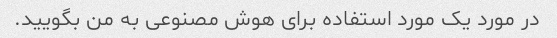
در مورد یک مورد استفاده برای هوش مصنوعی به من بگویید.